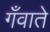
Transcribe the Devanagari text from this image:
गँवाते